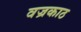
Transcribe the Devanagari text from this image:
वज्रकाठ